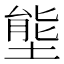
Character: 𭏙